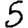
Digit: 5